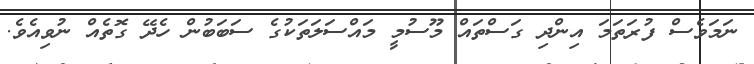
ނަމަވެސް ފުރަތަމަ އިންދި ގަސްތައް މޫސުމީ މައްސަލަތަކުގެ ސަބަބުން ހެދޭ ގޮތެއް ނުވިއެވެ.